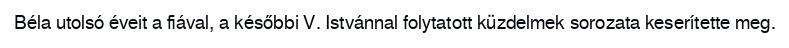
Béla utolsó éveit a fiával, a későbbi V. Istvánnal folytatott küzdelmek sorozata keserítette meg.